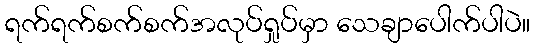
ရက်ရက်စက်စက်အလုပ်ရှုပ်မှာ သေချာပေါက်ပါပဲ။